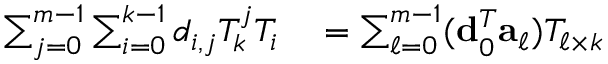
\begin{array} { r l } { \sum _ { j = 0 } ^ { m - 1 } \sum _ { i = 0 } ^ { k - 1 } d _ { i , j } T _ { k } ^ { j } T _ { i } } & { { } = \sum _ { \ell = 0 } ^ { m - 1 } ( { \bf d } _ { 0 } ^ { T } { \bf a } _ { \ell } ) T _ { \ell \times k } } \end{array}